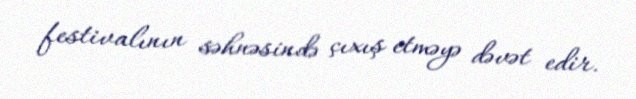
festivalının səhnəsində çıxış etməyə dəvət edir.